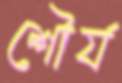
শৌর্য